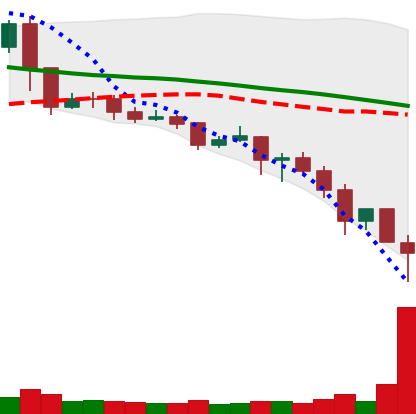
Ticker: XRP-USD
Chart end date: 2019-11-25
Forward return: 3.592%
Label: up_3_5